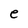
Character: e